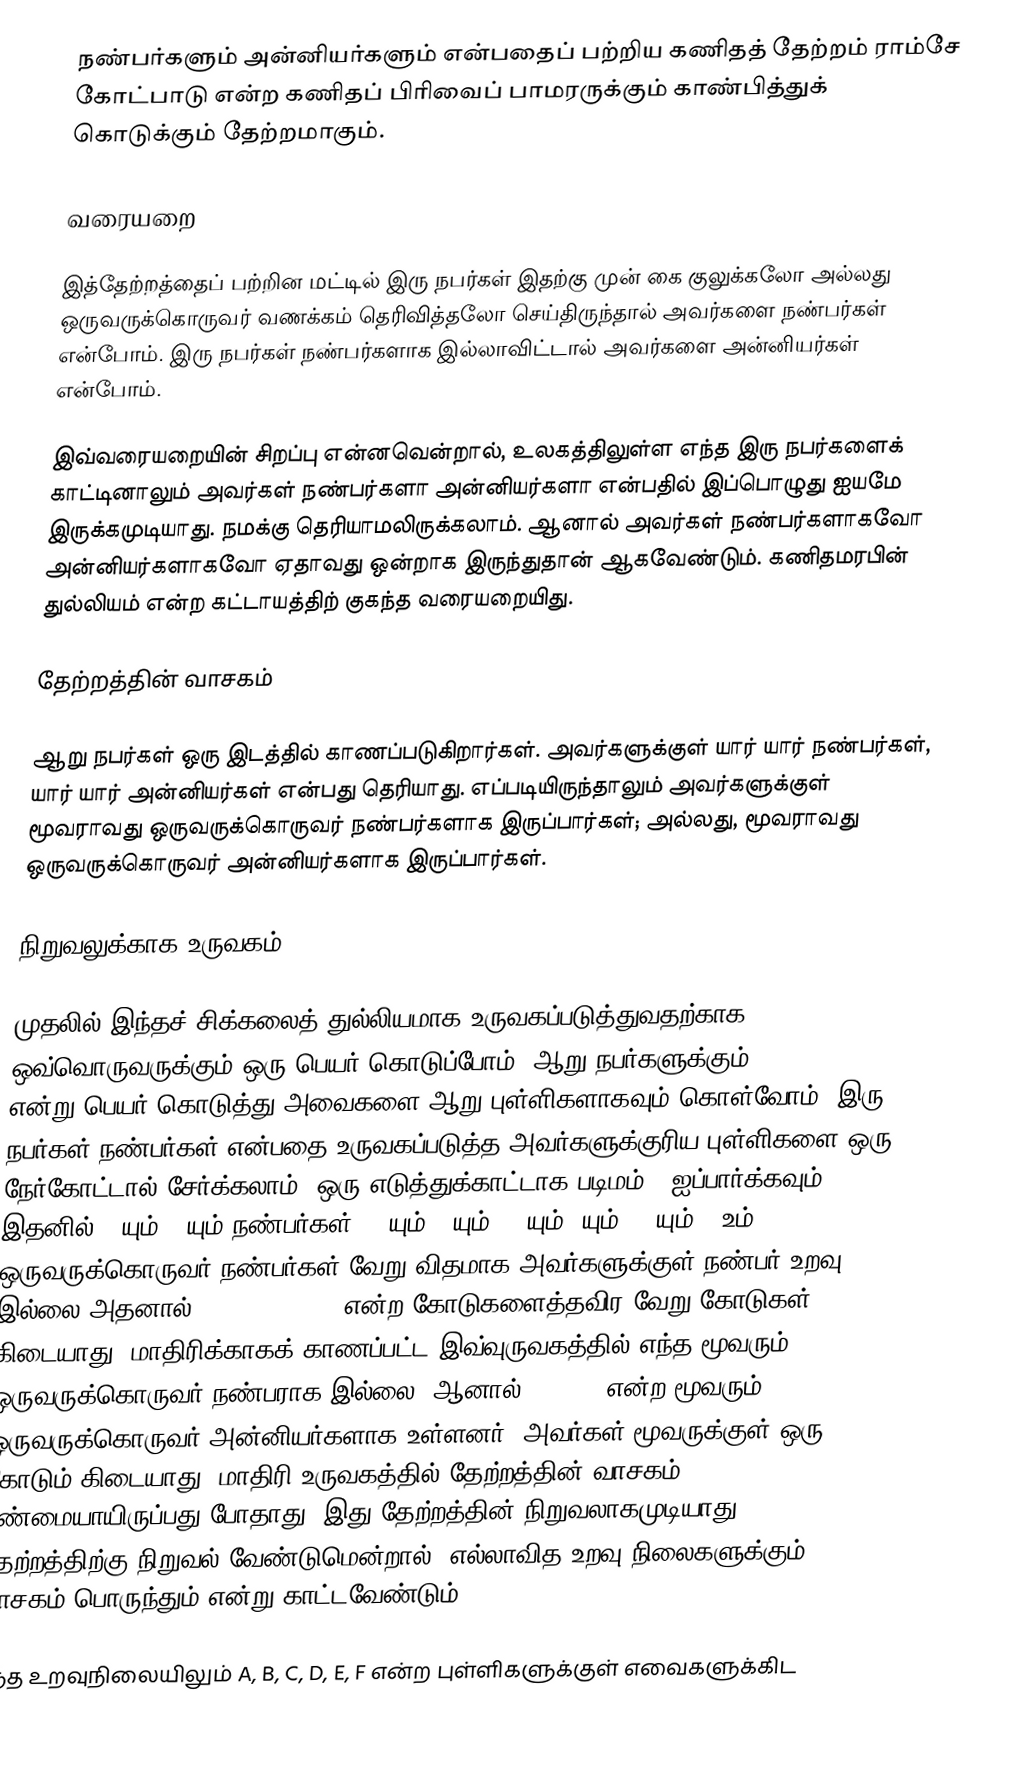
நண்பர்களும் அன்னியர்களும் என்பதைப் பற்றிய கணிதத் தேற்றம் ராம்சே கோட்பாடு என்ற கணிதப் பிரிவைப் பாமரருக்கும் காண்பித்துக் கொடுக்கும் தேற்றமாகும்.

வரையறை

இத்தேற்றத்தைப் பற்றின மட்டில் இரு நபர்கள் இதற்கு முன் கை குலுக்கலோ அல்லது ஒருவருக்கொருவர் வணக்கம் தெரிவித்தலோ செய்திருந்தால் அவர்களை நண்பர்கள் என்போம். இரு நபர்கள் நண்பர்களாக இல்லாவிட்டால் அவர்களை அன்னியர்கள் என்போம்.

இவ்வரையறையின் சிறப்பு என்னவென்றால், உலகத்திலுள்ள எந்த இரு நபர்களைக் காட்டினாலும் அவர்கள் நண்பர்களா அன்னியர்களா என்பதில் இப்பொழுது ஐயமே இருக்கமுடியாது. நமக்கு தெரியாமலிருக்கலாம். ஆனால் அவர்கள் நண்பர்களாகவோ அன்னியர்களாகவோ ஏதாவது ஒன்றாக இருந்துதான் ஆகவேண்டும். கணிதமரபின் துல்லியம் என்ற கட்டாயத்திற் குகந்த வரையறையிது.

தேற்றத்தின் வாசகம்

ஆறு நபர்கள் ஒரு இடத்தில் காணப்படுகிறார்கள். அவர்களுக்குள் யார் யார் நண்பர்கள், யார் யார் அன்னியர்கள் என்பது தெரியாது. எப்படியிருந்தாலும் அவர்களுக்குள் மூவராவது ஒருவருக்கொருவர் நண்பர்களாக இருப்பார்கள்; அல்லது, மூவராவது ஒருவருக்கொருவர் அன்னியர்களாக இருப்பார்கள்.

நிறுவலுக்காக உருவகம்

முதலில் இந்தச் சிக்கலைத் துல்லியமாக உருவகப்படுத்துவதற்காக, ஒவ்வொருவருக்கும் ஒரு பெயர் கொடுப்போம். ஆறு நபர்களுக்கும் A, B, C, D, E, F என்று பெயர் கொடுத்து அவைகளை ஆறு புள்ளிகளாகவும் கொள்வோம். இரு நபர்கள் நண்பர்கள் என்பதை உருவகப்படுத்த அவர்களுக்குரிய புள்ளிகளை ஒரு நேர்கோட்டால் சேர்க்கலாம். ஒரு எடுத்துக்காட்டாக படிமம் 1 ஐப்பார்க்கவும். இதனில் A யும் B யும் நண்பர்கள். B யும் C யும், A யும் Dயும், C யும் F உம் ஒருவருக்கொருவர் நண்பர்கள்.வேறு விதமாக அவர்களுக்குள் நண்பர் உறவு இல்லை.அதனால் AB, BC, AD, CF என்ற கோடுகளைத்தவிர வேறு கோடுகள் கிடையாது. மாதிரிக்காகக் காணப்பட்ட இவ்வுருவகத்தில் எந்த மூவரும் ஒருவருக்கொருவர் நண்பராக இல்லை. ஆனால் A, C, E என்ற மூவரும் ஒருவருக்கொருவர் அன்னியர்களாக உள்ளனர். அவர்கள் மூவருக்குள் ஒரு கோடும் கிடையாது. மாதிரி உருவகத்தில் தேற்றத்தின் வாசகம் உண்மையாயிருப்பது போதாது. இது தேற்றத்தின் நிறுவலாகமுடியாது. தேற்றத்திற்கு நிறுவல் வேண்டுமென்றால், எல்லாவித உறவு நிலைகளுக்கும் வாசகம் பொருந்தும் என்று காட்டவேண்டும்.

எந்த உறவுநிலையிலும் A, B, C, D, E, F என்ற புள்ளிகளுக்குள் எவைகளுக்கிட